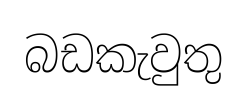
බඩකැවුතු